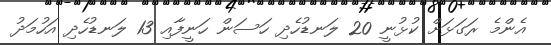
އެންމެ ރަގަޅަށް ކުޅުނީ 20 ލަނޑުހެދި ހަސަން ހަނީފާއި 13 ލަނޑުހެދި އަހުމަދު